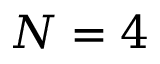
N = 4